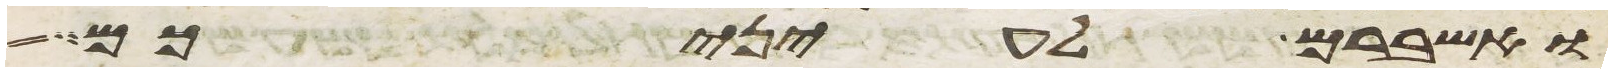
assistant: ואשברם לעיניכם